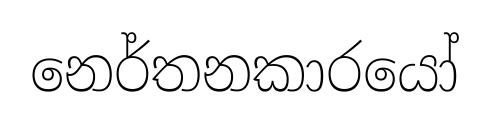
නෙර්තනකාරයෝ